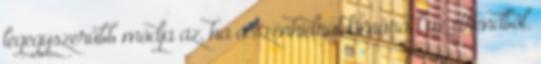
legegyszerűbb módja az, ha a szénhidrát kimarad az étrendből.